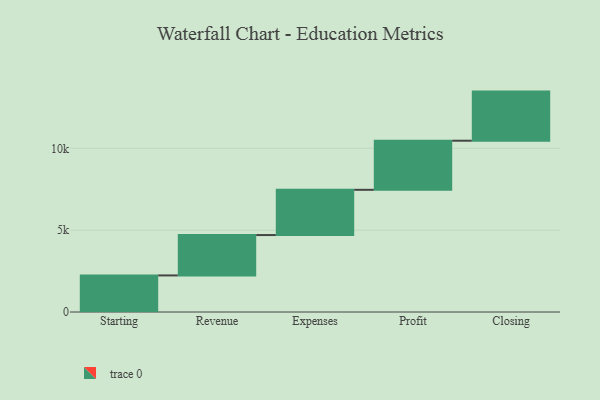
{"axis": {"x": "Step", "y": "Value"}, "legend": [""], "data": [{"x": "Starting", "y": 2235.0, "type": ""}, {"x": "Revenue", "y": 2466.0, "type": ""}, {"x": "Expenses", "y": 2764.0, "type": ""}, {"x": "Profit", "y": 3000, "type": ""}, {"x": "Closing", "y": 3000, "type": ""}]}